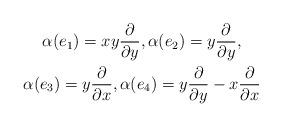
LaTeX: \begin{gather*} \alpha(e_1)=xy\frac{\partial }{\partial y},\alpha(e_2)=y\frac{\partial }{\partial y}, \\\alpha(e_3)=y\frac{\partial }{\partial x}, \alpha(e_4)= y\frac{\partial }{\partial y}-x\frac{\partial }{\partial x}\end{gather*}